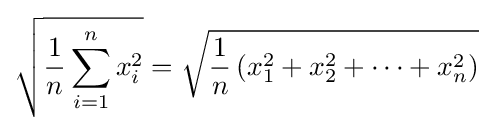
{\sqrt {{\frac {1}{n}}\sum _{i=1}^{n}x_{i}^{2}}}={\sqrt {{\frac {1}{n}}\left(x_{1}^{2}+x_{2}^{2}+\cdots +x_{n}^{2}\right)}}